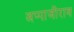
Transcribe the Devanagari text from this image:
अप्पाजीराव